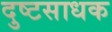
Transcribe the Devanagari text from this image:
दुष्टसाधक